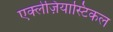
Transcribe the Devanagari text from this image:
एक्लेज़ियास्टिकल